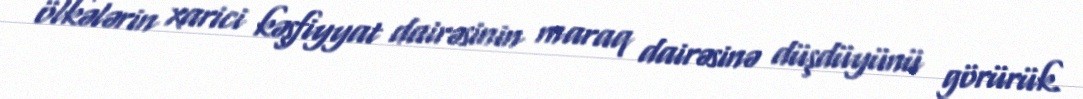
ölkələrin xarici kəşfiyyat dairəsinin maraq dairəsinə düşdüyünü görürük.